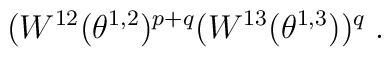
(W^{12}(\theta^{1,2})^{p+q}(W^{13}(\theta^{1,3}))^{q} \;.